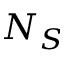
N _ { S }